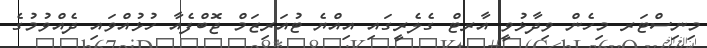
މިނިސްޓަރ މިހެން ވިދާޅުވީ އާރޓް ގެލެރީގައި އިއްޔެ ޓުއަރިޒަމް ޖޮބްފެއާ ހުޅުއްވައި ދެއްވުމުގެ